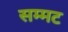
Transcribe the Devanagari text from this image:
सम्मट